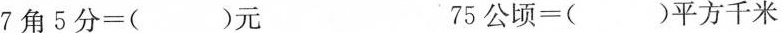
$$7 角 5 分 = ( ) 元 $$7 5 公 顷 = ( ) 平 方 千 米$$